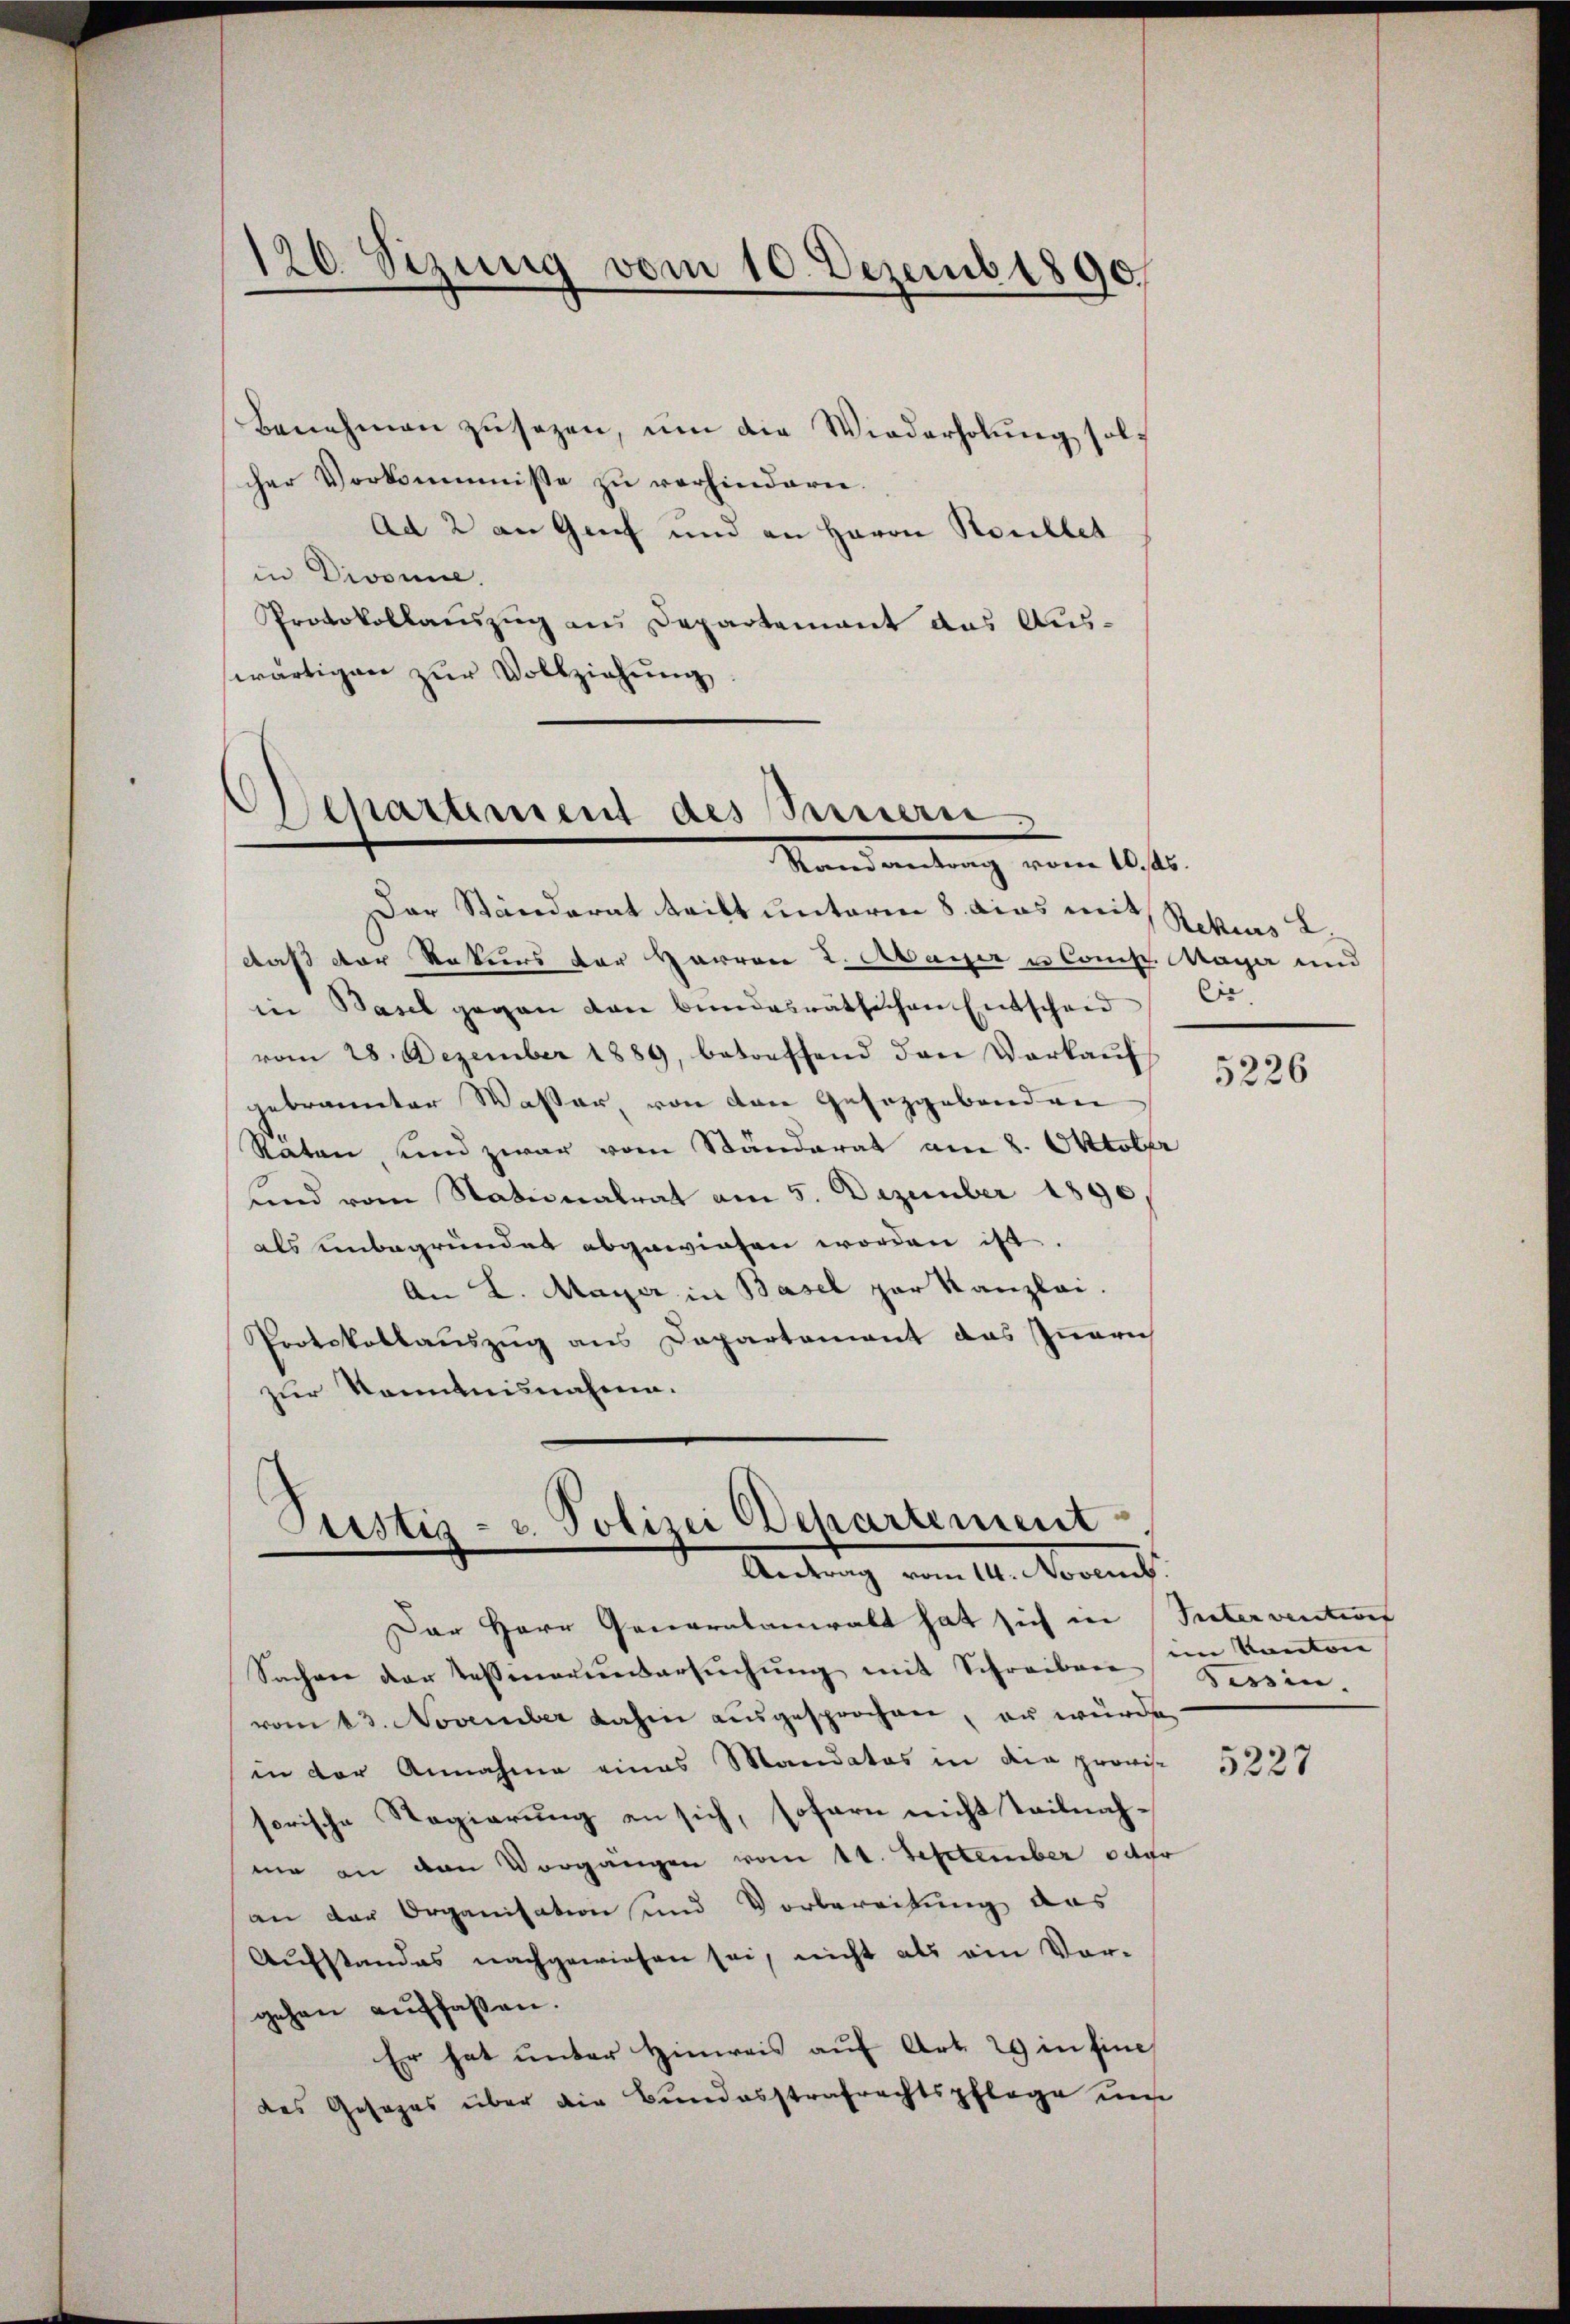
Benehmen zu sezen, um die Wiederholung solcher Vorkommnisse zu verhindern.
Ad 2 an Greif und an Herrn Roullet
in Divonne.
Protokollauszug an Departement das Auswärtigen zŭr Vollziehŭng.
Departement des Sinnern

120. Sizung vom 10. Dezemb. 1890

Mandantung vom 10ten

Der Ständerat tritt unterm 8. das mit Reckes L.
daß der Rekurs der Harron 2. Mayer u Const. Mayer und
in Basel gegen von bundesrätlichen Entscheid
vom 28. Dezember 1889, betreffend den Verkaufs
gebrannter Wasser, von den Gesezgebenden
Raten, und zwar vom Ständerat am 8. Oktober
sind vom Nationalrat am 5. Dezember 1890,
als unbegründet abgewiesen worden ist.
An L. Mayer in Basel par Kanzlei.
Protokollauszug aus Dapartement das Innerich
zur Kenntnisnahme.

Justiz- u. Polizei Departement
Antrag vom 14. Novemb.

Der Herr Generalanwalt hat sich in Suterventions
Sachen der Tessinauersŭchŭng mit Schreiben im Kanton
vom 13. November dahin ausgesprochen, er wurde
in der Annahme eines Mandatos in die provis
sorische Regierung an sich, sofern nicht Teilnahme an den Vorgängen vom 11. September octor
an der Organisation und Vorbereitung des
Aufstandes nachgewiesen sei, nicht als ein Vor-
gehen auffassen.
Er hat unter Hinweis auf Art. 29 in Eine
des Gesezes über die Bundesstrafrechtspflege uns

Cie

5226

Tessin.

5227